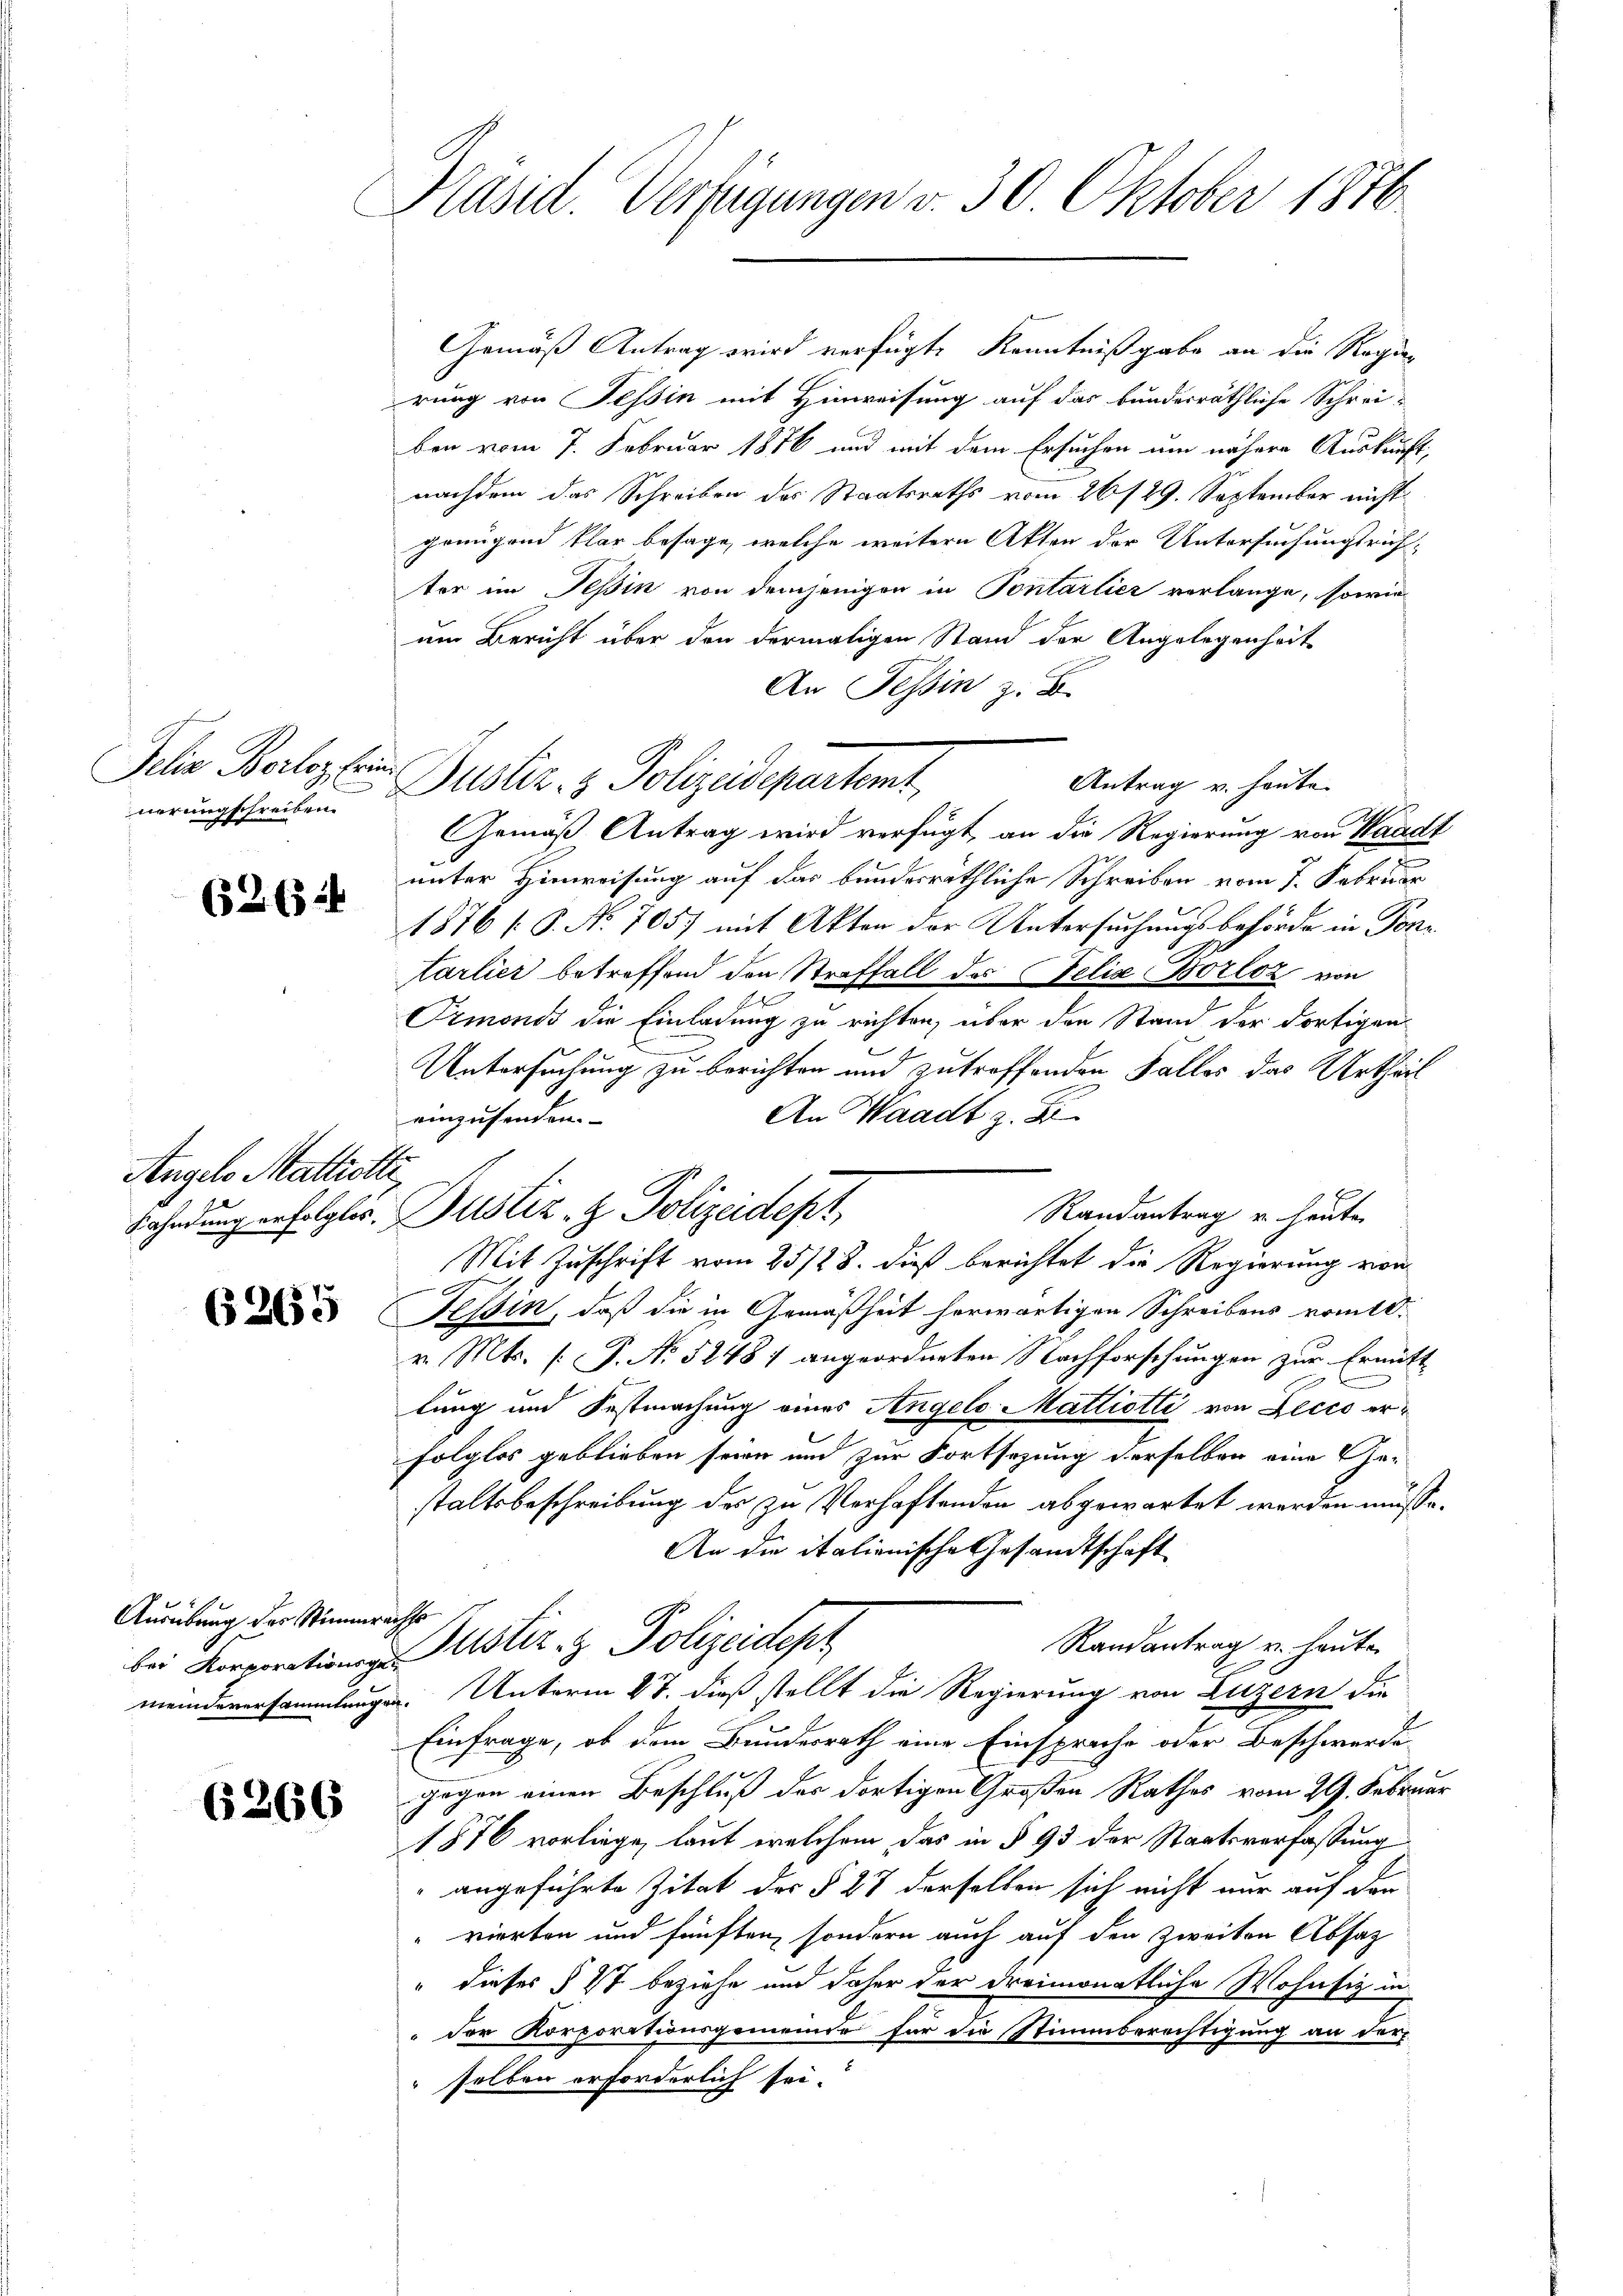
Jelia Borloz Erinn
nerungschreiben.

626 2

Angelo Mattiotti

6265

Ausübung der Stimmrechts

6266

Präsid. Verfügungen v. 30 Oktober 1876.

Gemäß Antrag wird verfügte Kenntnißgabe an die Regi
rung von Tessin mit Hinweisung auf das bunderräthliche Schrei-
ben vom 7. Februar 1876 und mit dem Ersuchen um nähere Auskunft,
nachdem das Schreiben des Staatsraths vom 26/29. September nicht
genügend klar besage, welche weitern Akten der Untersuchungsrichtter im Tessin von demjenigen in Pontartier verlange, sowie
um Bericht über den dermaligen Stand der Angelegenheit
An Tessin z. B.
Antrag v. heute.
Justiz- & Polizeidepartemt,
Gemäß Antrag wird verfügt, an die Regierung von Waadt
7
unter Hinweisung auf das bundesräthliche Schreiben vom 7. Februar
1876 [S. No. 705) mit Akten der Untersuchungsbehörde in For¬
Aarlier betreffend den Straffall des Felix Borloz von
Ormonis die Einladung zu richten, über den Stand der dortigen
u
Untersuchung zu berichten und zutreffenden Falles das Urtheil
An Waadt z. B.
einzusenden.
Randantrag u. heute
Bahndung erfolglic: Justiz- & Polizeidept
Mit Zuschrift vom 25/28. dieß berichtet die Regierung von
Tessin, daß die in Gemäßheit herwärtigen Schreibens vom 18.
v. Mts. f. P. No 5248) angeordneten Nachforschungen zur Ermitt
lung und Festmachung eines Angelo Mattiotti von Decco erfolglos geblieben seien und zur Fortsezung derselben eine Ge-
staltsbeschreibung des zu Verhaftenden abgewartet werden müsse.
An die italienische Gesandtschaft
Randantrag u. heute
bei Korporation zustiz- & Polizeidept
meindeversammlungen. Unterm 27. dieß stellt die Regierung von Luzern die
Einfrage, ob dem Bundesrath eine Einsprache oder Beschwerde
gegen einen Beschluß des dortigen Großen Rathes vom 29. Februar
1876 vorliege, laut welchem das in § 93 der Staatsverfassung
angeführte Zitat des § 27 derselben sich nicht nur auf den
vierten und fünften, sondern auch auf den zweiten Absatz
" dieses § 47 beziehe und daher der dreimonatliche Wohnsiz in
der Korporationsgemeinde für die Stimmberechtigung an der
selben erforderlich sei.